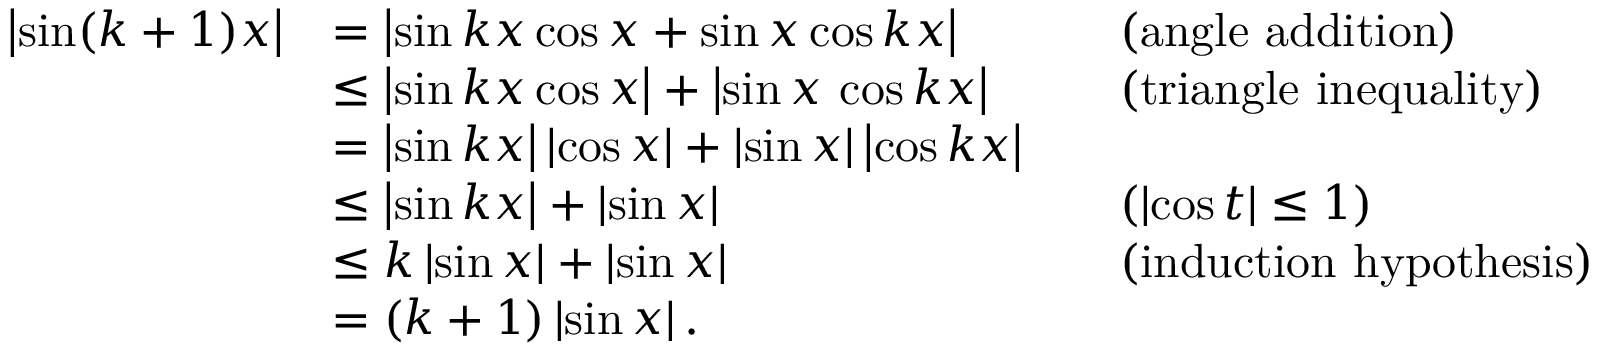
{ \begin{array} { r l r l } { \left| \sin ( k + 1 ) x \right| } & { = \left| \sin k x \cos x + \sin x \cos k x \right| } & & { { \mathrm { ( a n g l e ~ a d d i t i o n ) } } } \\ & { \leq \left| \sin k x \cos x \right| + \left| \sin x \, \cos k x \right| } & & { { \mathrm { ( t r i a n g l e ~ i n e q u a l i t y ) } } } \\ & { = \left| \sin k x \right| \left| \cos x \right| + \left| \sin x \right| \left| \cos k x \right| } \\ & { \leq \left| \sin k x \right| + \left| \sin x \right| } & & { ( \left| \cos t \right| \leq 1 ) } \\ & { \leq k \left| \sin x \right| + \left| \sin x \right| } & & { { \mathrm { ( i n d u c t i o n ~ h y p o t h e s i s } } ) } \\ & { = ( k + 1 ) \left| \sin x \right| . } \end{array} }